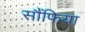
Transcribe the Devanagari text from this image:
सौंफिया